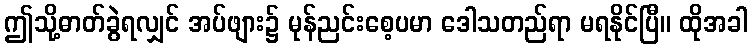
ဤသို့ဓာတ်ခွဲရလျှင် အပ်ဖျား၌ မုန်ညင်းစေ့ပမာ ဒေါသတည်ရာ မရနိုင်ပြီ။ ထိုအခါ